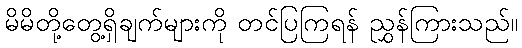
မိမိတို့တွေ့ရှိချက်များကို တင်ပြကြရန် ညွှန်ကြားသည်။